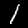
Label: 1